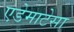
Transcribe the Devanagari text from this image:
एडेमाटेसा